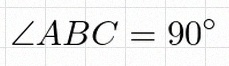
\angle ABC=90^\circ